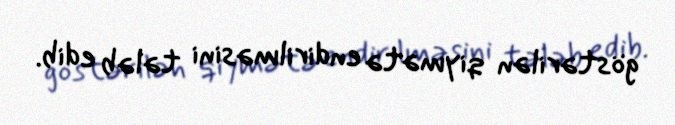
göstərilən qiymətə endirilməsini tələb edib.